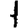
Digit: 1